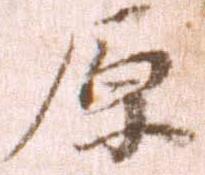
原